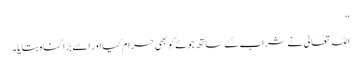
‘‘
اللہ تعالیٰ نے شراب کے ساتھ جوئے کو بھی حرام کیا اور اسے بڑا گناہ بتایا۔